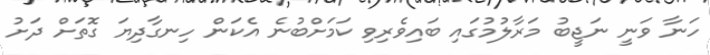
ހަނާ ވަނީ ނަޖީބު މަރާލުމުގައި ބައިވެރިވި ކަމަށްބުނެ އެކަން ހިނގާދިޔަ ގޮތަށް ދަށު